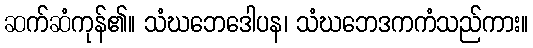
ဆက်ဆံကုန်၏။ သံဃဘေဒေါပန၊ သံဃဘေဒကကံသည်ကား။